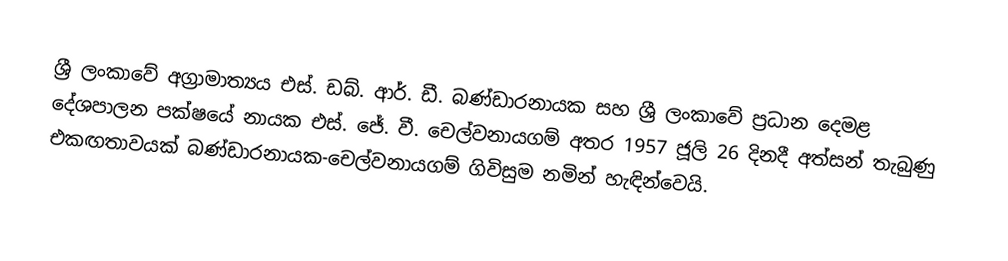
ශ්‍රී ලංකාවේ අග්‍රාමාත්‍යය  එස්. ඩබ්. ආර්. ඩී. බණ්ඩාරනායක සහ ශ්‍රී ලංකාවේ ප්‍රධාන දෙමළ දේශපාලන පක්ෂයේ නායක එස්. ජේ. වී. චෙල්වනායගම් අතර 1957 ජූලි 26 දිනදී අත්සන් තැබුණු එකඟතාවයක් බණ්ඩාරනායක-චෙල්වනායගම් ගිවිසුම නමින් හැඳින්වෙයි.